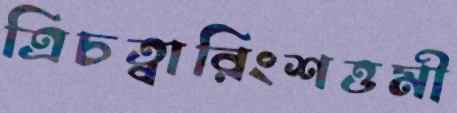
ত্রিচত্বারিংশত্তমী